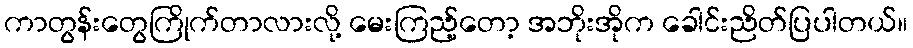
ကာတွန်းတွေကြိုက်တာလားလို့ မေးကြည့်တော့ အဘိုးအိုက ခေါင်းညိတ်ပြပါတယ်။